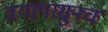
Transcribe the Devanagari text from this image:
वयापासुनच